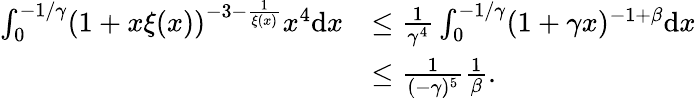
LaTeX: \begin{array}{rl}{\int_{0}^{-1/\gamma}(1+x\xi(x))^{-3-\frac{1}{\xi(x)}}x^{4}\mathrm{d}x}&{\leq\frac{1}{\gamma^{4}}\int_{0}^{-1/\gamma}(1+\gamma x)^{-1+\beta}\mathrm{d}x}\\ &{\leq\frac{1}{(-\gamma)^{5}}\frac{1}{\beta}.}\end{array}